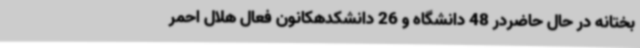
بختانه در حال حاضردر 48 دانشگاه و 26 دانشکدهکانون فعال هلال احمر